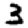
Digit: 3